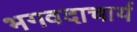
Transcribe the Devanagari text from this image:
भगवदाचार्य